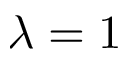
\lambda = 1